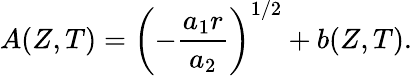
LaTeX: A(Z,T)=\left(-\frac{a_{1}r}{a_{2}}\right)^{1/2}+b(Z,T).